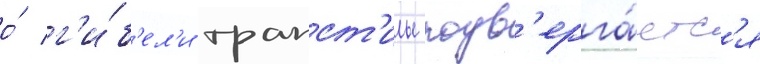
о́ г'и́б'ел'и трапст'илы подв'ерга́етс'я